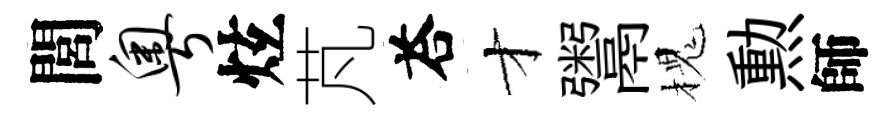
閭粤炫芃荅才鬻槐勲師